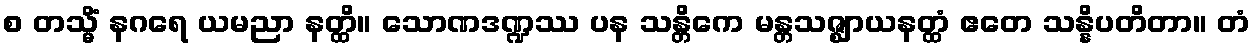
စ တသ္မိံ နဂရေ ယမညာ နတ္ထိ။ သောဏဒဏ္ဍဿ ပန သန္တိကေ မန္တသဇ္ဈာယနတ္ထံ ဧတေ သန္နိပတိတာ။ တံ